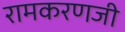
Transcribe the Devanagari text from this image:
रामकरणजी